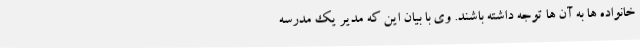
خانواده ها به آن ها توجه داشته باشند. وی با بیان این که مدیر یک مدرسه